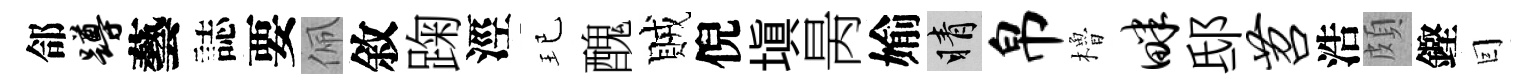
郃蹲藝誌要佩敘踘涇玘醜賊倪塡昺媮睛帛櫓畔邸苕浩頗鏗囙